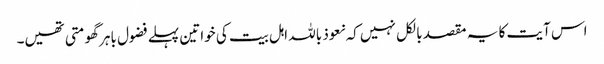
اس آیت کا یہ مقصد بالکل نہیں کہ نعوذ باللہ اہل بیت کی خواتین پہلے فضول باہر گھومتی تھیں۔